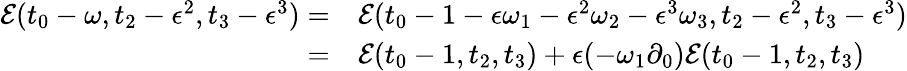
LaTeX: \begin{array}{rl}{\mathcal{E}(t_{0}-\omega,t_{2}-\epsilon^{2},t_{3}-\epsilon^{3})=}&{{}\mathcal{E}(t_{0}-1-\epsilon\omega_{1}-\epsilon^{2}\omega_{2}-\epsilon^{3}\omega_{3},t_{2}-\epsilon^{2},t_{3}-\epsilon^{3})}\\ {=}&{{}\mathcal{E}(t_{0}-1,t_{2},t_{3})+\epsilon(-\omega_{1}\partial_{0})\mathcal{E}(t_{0}-1,t_{2},t_{3})}\end{array}